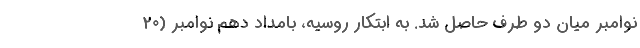
نوامبر میان دو طرف حاصل شد. به ابتکار روسیه، بامداد دهم نوامبر (۲۰